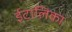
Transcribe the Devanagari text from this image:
ईटालिका